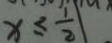
x \leq \frac { 1 } { 2 }